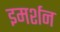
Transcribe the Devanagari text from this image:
इमर्शन